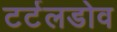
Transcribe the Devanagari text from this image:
टर्टलडोव